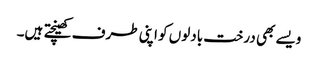
ویسے بھی درخت بادلوں کو اپنی طرف کھینچتے ہیں۔